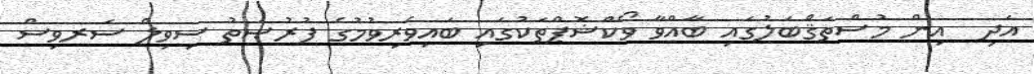
އަދި  އިން މުސްތަޤްބަލުގައި ބާއްވާ ވޯކްޝޮޕްތަކުގައި ބައިވެރިވުމުގެ ފުރުޞަތު ސިވިލް ސަރވިސް